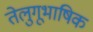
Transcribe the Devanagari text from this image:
तेलुगूभाषिक